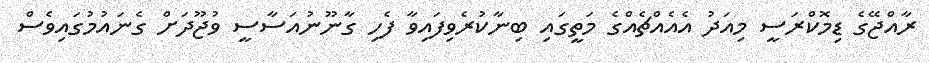
ރާއްޖޭގެ ޑިމޮކްރަސީ މިއަދު އެއެއްޗެއްގެ މަތީގައި ބިނާކުރެވިފައިވާ ފެހި ގާނޫނުއަސާސީ ވުޖޫދަށް ގެނައުމުގައިވެސް